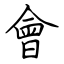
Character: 會